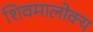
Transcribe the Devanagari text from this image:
शिवमालोक्य